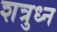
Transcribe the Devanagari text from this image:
शत्रुध्न